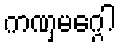
ကဏှမဂ္ဂေါ